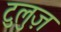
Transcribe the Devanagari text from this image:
टुलुज़